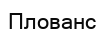
Плованс